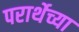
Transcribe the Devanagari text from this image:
परार्थेच्या